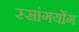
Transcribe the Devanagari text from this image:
स्सांगयोंग